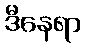
ဒီနေရာ